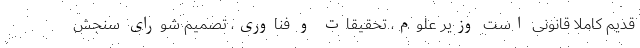
قدیم کاملا قانونی است وزیر علوم، تحقیقات و فناوری، تصمیم شورای سنجش